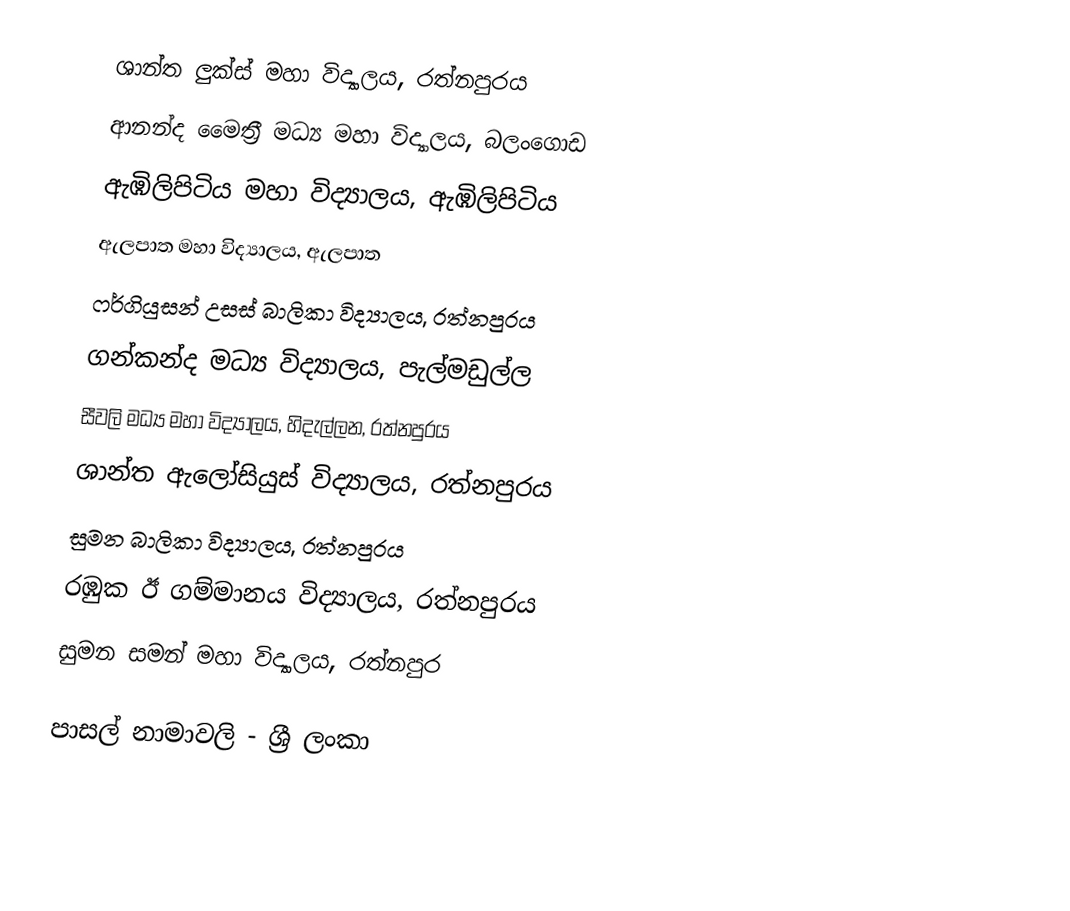
ශාන්ත ලුක්ස් මහා  විද්‍යාලය, රත්නපුරය
 ආනන්ද මෛත්‍රී මධ්‍ය මහා විද්‍යාලය, බලංගොඩ
 ඇඹිලිපිටිය මහා විද්‍යාලය, ඇඹිලිපිටිය
 ඇලපාත මහා විද්‍යාලය,  ඇලපාත
 ෆර්ගියුසන් උසස් බාලිකා විද්‍යාලය, රත්නපුරය
 ගන්කන්ද මධ්‍ය විද්‍යාලය, පැල්මඩුල්ල
 සීවලි මධ්‍ය මහා විද්‍යාලය, හිදැල්ලන, රත්නපුරය
 ශාන්ත ඇලෝසියුස් විද්‍යාලය, රත්නපුරය
 සුමන  බාලිකා විද්‍යාලය, රත්නපුරය
 රඹුක ඊ ගම්මානය විද්‍යාලය, රත්නපුරය
සුමන සමන් මහා විද්‍යාලය, රත්නපුර

පාසල් නාමාවලි - ශ්‍රී ලංකා